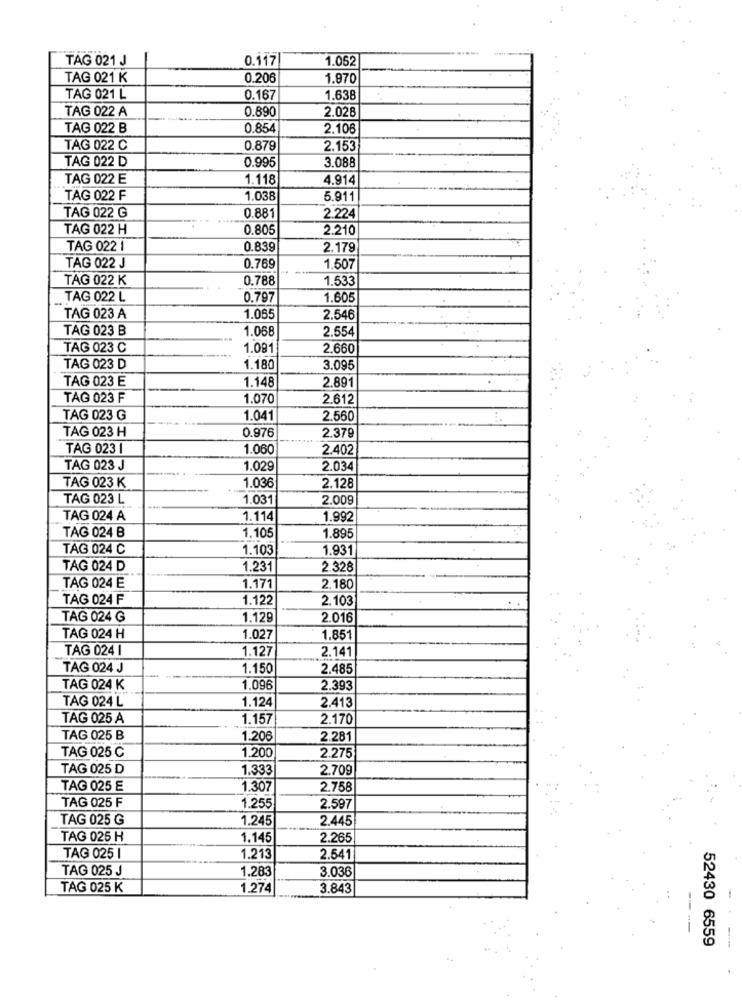
TAG 021 J
0.117
1.052
TAG 021 K
0.206
1.970
TAG 021 L
0.167
1.638
TAG 022 A
0.890
2.026
TAG 022 B
0.854
2.106
TAG 022 C
0.879
2.153
TAG 022 D
0.995
3.088
TAG 022 E
1.118
4.914
TAG 022 F
1.038
5.911
TAG 022 G
0.881
2.224
TAG 022 H
0.805
2.210
TAG 022 1
0.839
2.179
TAG 022 J
0.769
1,507
TAG 022 K
0.788
1.533
TAG 022 L
0.797
1.605
TAG 023 A
1.085
2.546
TAG 023 B
1.068
2.554
TAG 023 C
1.091
2.660
TAG 023 D
1.180
3.095
TAG 023 E
1.148
2.891
TAG 023 F
1.070
2.612
TAG 023 G
1.041
2.560
TAG 023 H
0.976
2.379
TAG 023 1
1.060
2.402
TAG 023 J
1.029
2.034
TAG 023 K
1.036
2.128
TAG 023 L
1.031
2.009
TAG 024 A
1.114
1.992
TAG 024 B
1.105
1.895
TAG 024 C
1.103
1.931
TAG 024 D
1.231
2.328
TAG 024 E
1.171
2.180
TAG 024 F
1.122
2.103
TAG 024 G
1.129
2.016
TAG 024 H
1.027
1.851
TAG 024 1
1.127
2.141
TAG 024 J
1.150
2.485
TAG 024 K
1.096
2.393
TAG 024 L
1.124
2.413
TAG 025 A
1.157
2.170
TAG 025 B
1.206
2.281
TAG 025 C
1.200
2.275
TAG 025 D
1.333
2.709
TAG 025 E
1.307
2.758
TAG 025 F
1.255
2.597
TAG 025 G
1.245
2.445
TAG 025 H
1.145
2.265
TAG 025 1
1.213
2.541
TAG 025 J
1.283
3.036
TAG 025 K
1.274
3.843
52430 6559